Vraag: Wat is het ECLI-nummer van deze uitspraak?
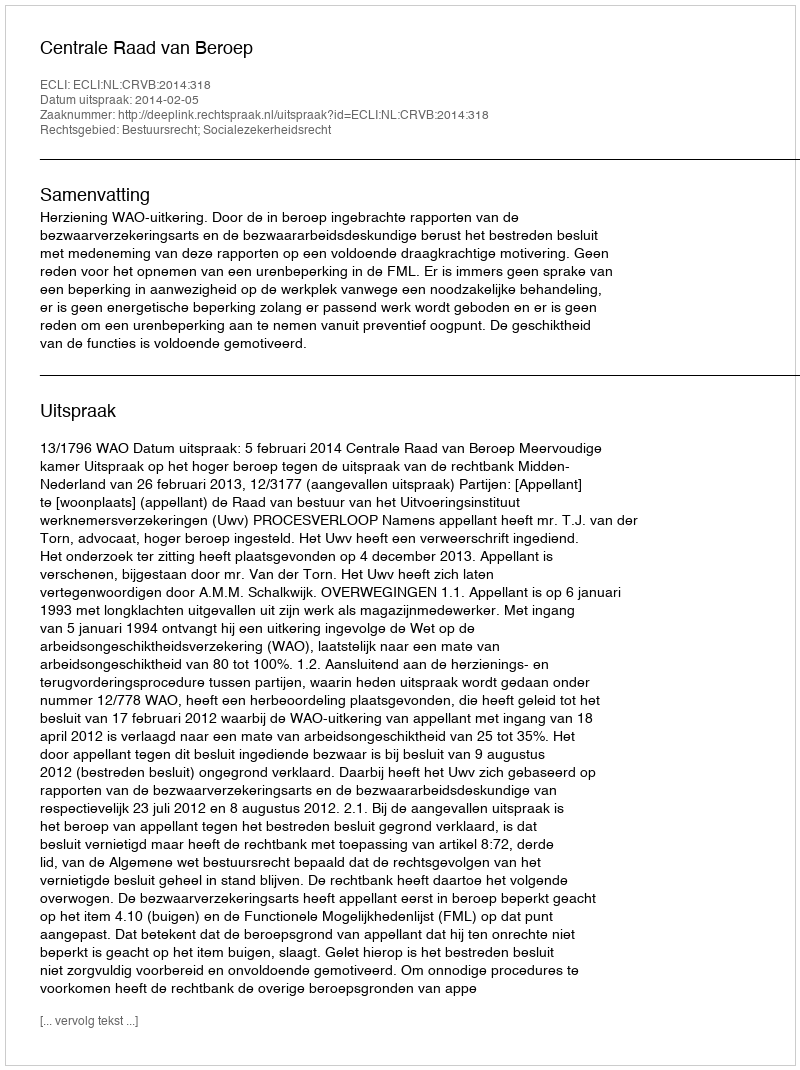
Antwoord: ECLI:NL:CRVB:2014:318